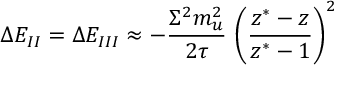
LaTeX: \Delta E _ { I I } = \Delta E _ { I I I } \approx - { \frac { \Sigma ^ { 2 } m _ { u } ^ { 2 } } { 2 \tau } } \, \left( { \frac { z ^ { \ast } - z } { z ^ { \ast } - 1 } } \right) ^ { 2 }